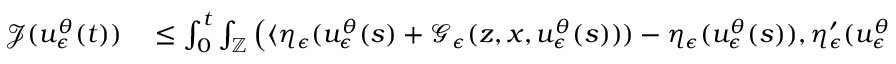
\begin{array} { r l } { \mathcal { J } ( u _ { \epsilon } ^ { \theta } ( t ) ) } & { { } \leq \int _ { 0 } ^ { t } \int _ { \mathbb { Z } } \left( \langle \eta _ { \epsilon } ( u _ { \epsilon } ^ { \theta } ( s ) + \mathcal { G } _ { \epsilon } ( z , x , u _ { \epsilon } ^ { \theta } ( s ) ) ) - \eta _ { \epsilon } ( u _ { \epsilon } ^ { \theta } ( s ) ) , \eta _ { \epsilon } ^ { \prime } ( u _ { \epsilon } ^ { \theta } ( s ) ) \rangle _ { \mathbb { H } \times \mathbb { H } } \right) \tilde { N } ( d t , d z ) . } \end{array}